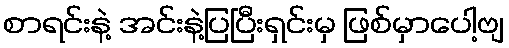
စာရင်းနဲ့ အင်းနဲ့ပြပြီးရှင်းမှ ဖြစ်မှာပေါ့ဗျ